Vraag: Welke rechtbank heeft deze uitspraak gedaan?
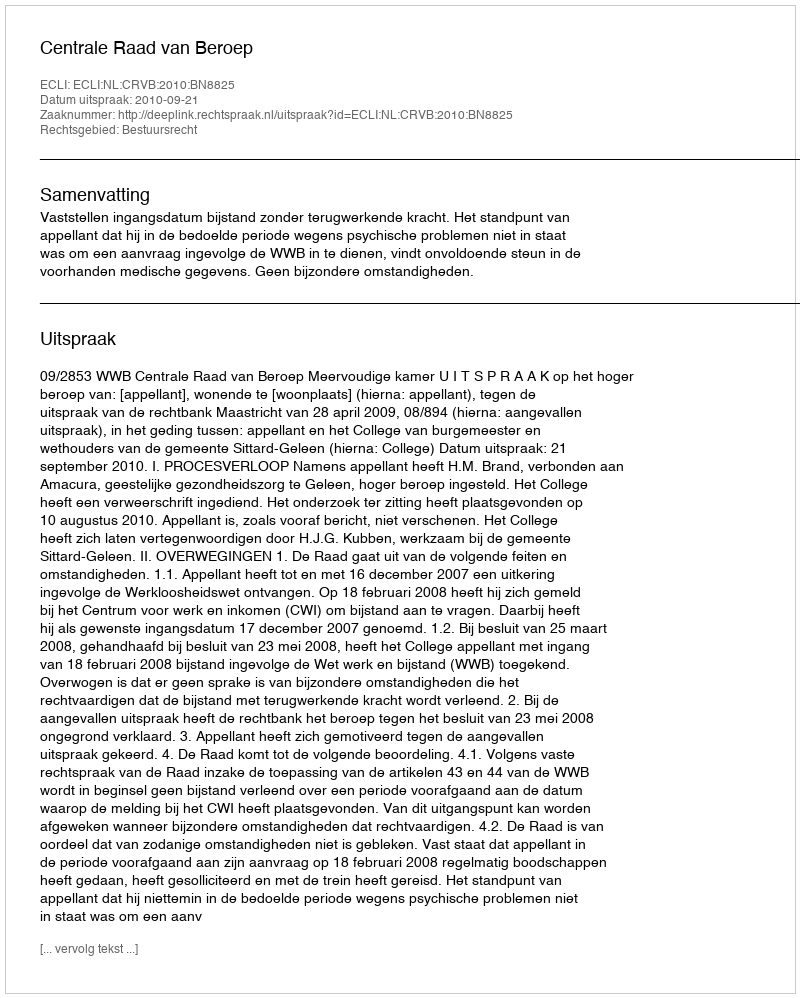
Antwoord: Centrale Raad van Beroep